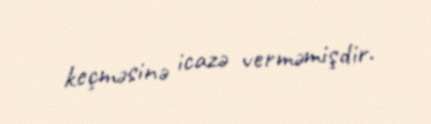
keçməsinə icazə verməmişdir.